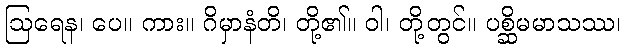
ဩရေန၊ ပေ။ ကား။ ဂိမှာနံတိ၊ တို့၏။ ဝါ၊ တို့တွင်။ ပစ္ဆိမမာသဿ၊